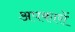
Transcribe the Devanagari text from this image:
अपकारों